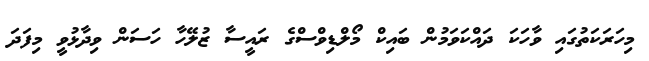
މިހަރަކަތުގައި ވާހަކަ ދައްކަވަމުން ބައިކް މޯލްޑިވްސްގެ ރައީސާ ޒުލޭހާ ހަސަން ވިދާޅުވީ މިފަދަ